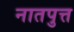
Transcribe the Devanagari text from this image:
नातपुत्त